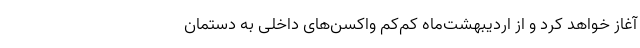
آغاز خواهد کرد و از اردیبهشت‌ماه کم‌کم واکسن‌های داخلی به دستمان